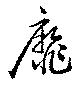
靡